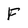
Character: F